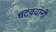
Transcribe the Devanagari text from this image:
चटक्‍यांनी